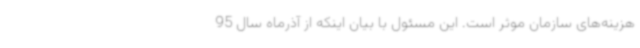
هزینه‌های سازمان موثر است. این مسئول با بیان اینکه از آذرماه سال 95